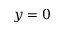
y = 0